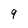
Character: 9